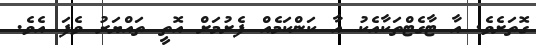
ގޮތަށެވެ. އާ ޓާގެޓްތަކާއެކު އާ ކަންކަމެއް ފެށުމަށް އޮތީ ތައްޔަރު ވެފަ އެވެ.